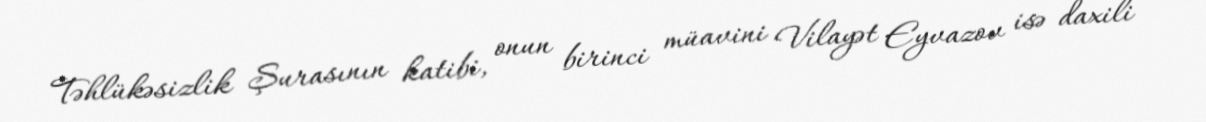
Təhlükəsizlik Şurasının katibi, onun birinci müavini Vilayət Eyvazov isə daxili